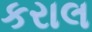
કરાલ